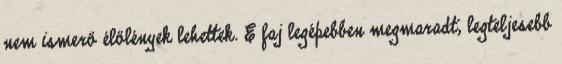
nem ismerő élőlények lehettek. E faj legépebben megmaradt, legteljesebb